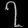
Digit: ၇